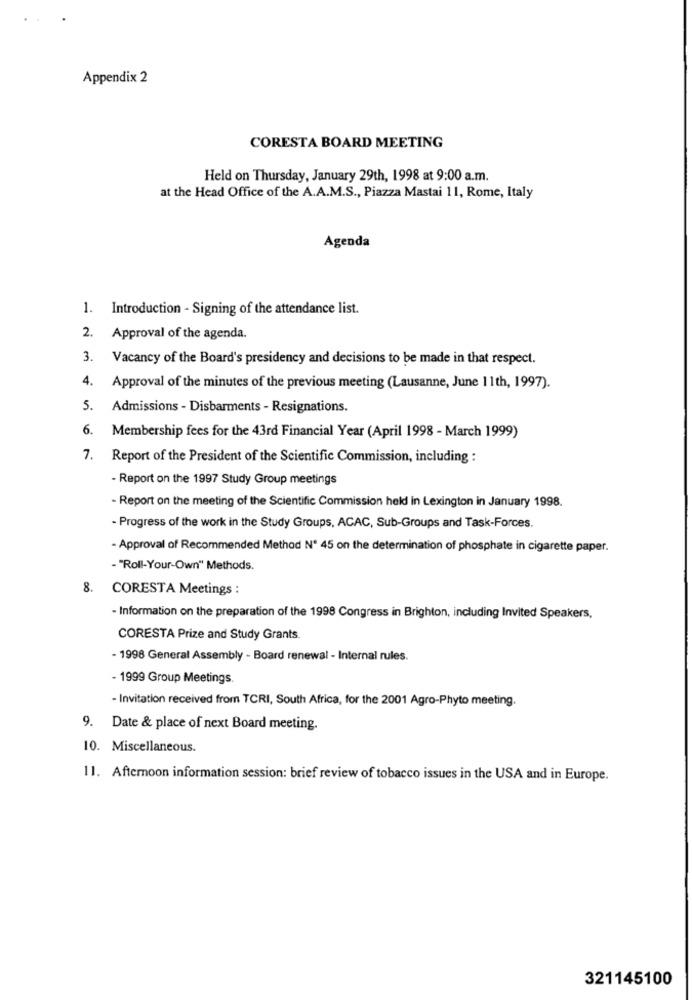
Appendix 2
CORESTA BOARD MEETING
Held on Thursday, January 29th, 1998 at 9:00 a.m.
at the Head Office of the A.A.M.S ., Piazza Mastai 11, Rome, Italy
Agenda
1. Introduction - Signing of the attendance list.
2. Approval of the agenda.
3. Vacancy of the Board's presidency and decisions to be made in that respect.
4. Approval of the minutes of the previous meeting (Lausanne, June 11th, 1997).
5. Admissions - Disbarments - Resignations.
6. Membership fees for the 43rd Financial Year (April 1998 - March 1999)
7. Report of the President of the Scientific Commission, including :
- Report on the 1997 Study Group meetings
- Report on the meeting of the Scientific Commission held in Lexington in January 1998.
- Progress of the work in the Study Groups, ACAC, Sub-Groups and Task-Forces.
- Approval of Recommended Method Nº 45 on the determination of phosphate in cigarette paper.
- "Roll-Your-Own" Methods.
8. CORESTA Meetings :
- Information on the preparation of the 1998 Congress in Brighton, including Invited Speakers,
CORESTA Prize and Study Grants.
- 1998 General Assembly - Board renewal - Internal rules.
- 1999 Group Meetings.
- Invitation received from TCRI, South Africa, for the 2001 Agro-Phyto meeting.
9. Date & place of next Board meeting.
10. Miscellaneous.
11. Afternoon information session: brief review of tobacco issues in the USA and in Europe.
321145100